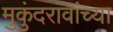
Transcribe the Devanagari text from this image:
मुकुंदरावांच्या